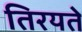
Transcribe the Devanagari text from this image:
तिरयते